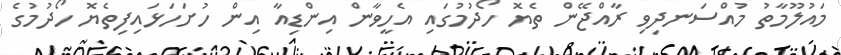
މައުލޫމާތު މުއްސަނދިވި ރާއްޖޭން ތެޔޮ ހޯދުމުގައި އެހީވާން އިންޑިއާ އިން ހުށަހަޅައިފިތެޔޮ ހޯދުމުގެ